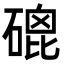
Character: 磇